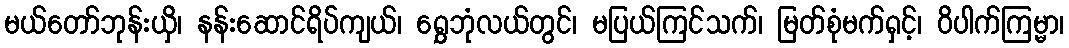
မယ်တော်ဘုန်းယှိ၊ နန်းဆောင်ရိပ်ကျယ်၊ ရွှေဘုံလယ်တွင်၊ မပြယ်ကြင်သက်၊ မြတ်စုံမက်ရှင့်၊ ဝိပါက်ကြမ္မာ၊